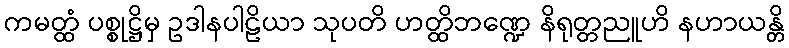
ကမတ္ထံ ပစ္စုဋ္ဌိမှ ဥဒါနပါဠိယာ သုပတိ ဟတ္ထိဘဏ္ဍေ နိရုတ္တညူဟိ နဟာယန္တိ